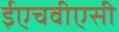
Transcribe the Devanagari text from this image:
ईएचवीएसी